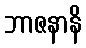
ဘာဇနာနိ